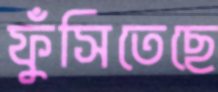
ফুঁসিতেছে